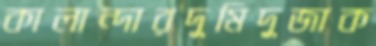
কালান্দারদুমিদুজাক